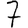
Digit: 7